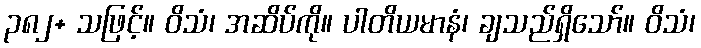
၃၈၂+ သဖြင့်။ ဝိသံ၊ အဆိပ်ကို။ ပါတိယမာနံ၊ ချသည်ရှိသော်။ ဝိသံ၊